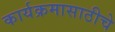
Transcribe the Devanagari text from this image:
कार्यक्रमासाठीचे